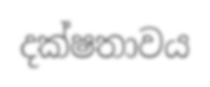
දක්ෂතාවය